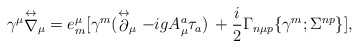
\begin{align*}\gamma^\mu{\stackrel{\leftrightarrow}{\nabla}}_\mu =e^\mu_m[\gamma^m(\stackrel{\leftrightarrow}{\partial}_\mu -igA^a_\mu\tau_a)\,+{i\over2} \Gamma_{n\mu p}\{\gamma^m;\Sigma^{np}\}],\end{align*}